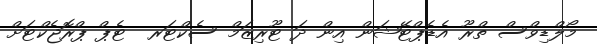
މޯލްޑިވްސް ތްރޫ އެޑެޕްޓޭޝަން އިން ދަ ޓޫރިޒަމް ސެކްޓަރ  ޓެޕް ޕްރޮޖެކްޓަށް